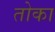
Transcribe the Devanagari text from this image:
तोका